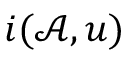
i ( \mathcal { A } , u )